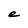
Character: e